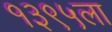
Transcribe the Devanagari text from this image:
१३९५ला